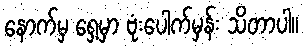
နောက်မှ ရှေ့မှာ ဗုံးပေါက်မှန်း သိတာပါ။